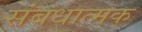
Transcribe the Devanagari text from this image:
संबधात्मक